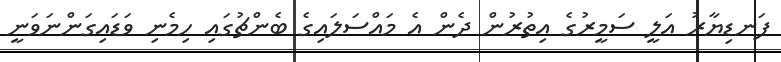
ފަނޑިޔާރު އަލީ ސަމީރުގެ އިތުރުން ދެން އެ މައްސަލައިގެ ބެންޗުގައި ހިމެނި ވަޑައިގަންނަވަނީ